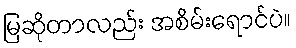
မြဆိုတာလည်း အစိမ်းရောင်ပဲ။